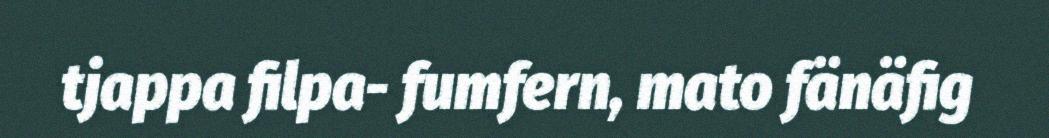
tjappa filpa- fumfern, mato fänäfig